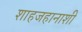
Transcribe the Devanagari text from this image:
शाहजहानाशी